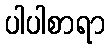
ပါပါစာရာ